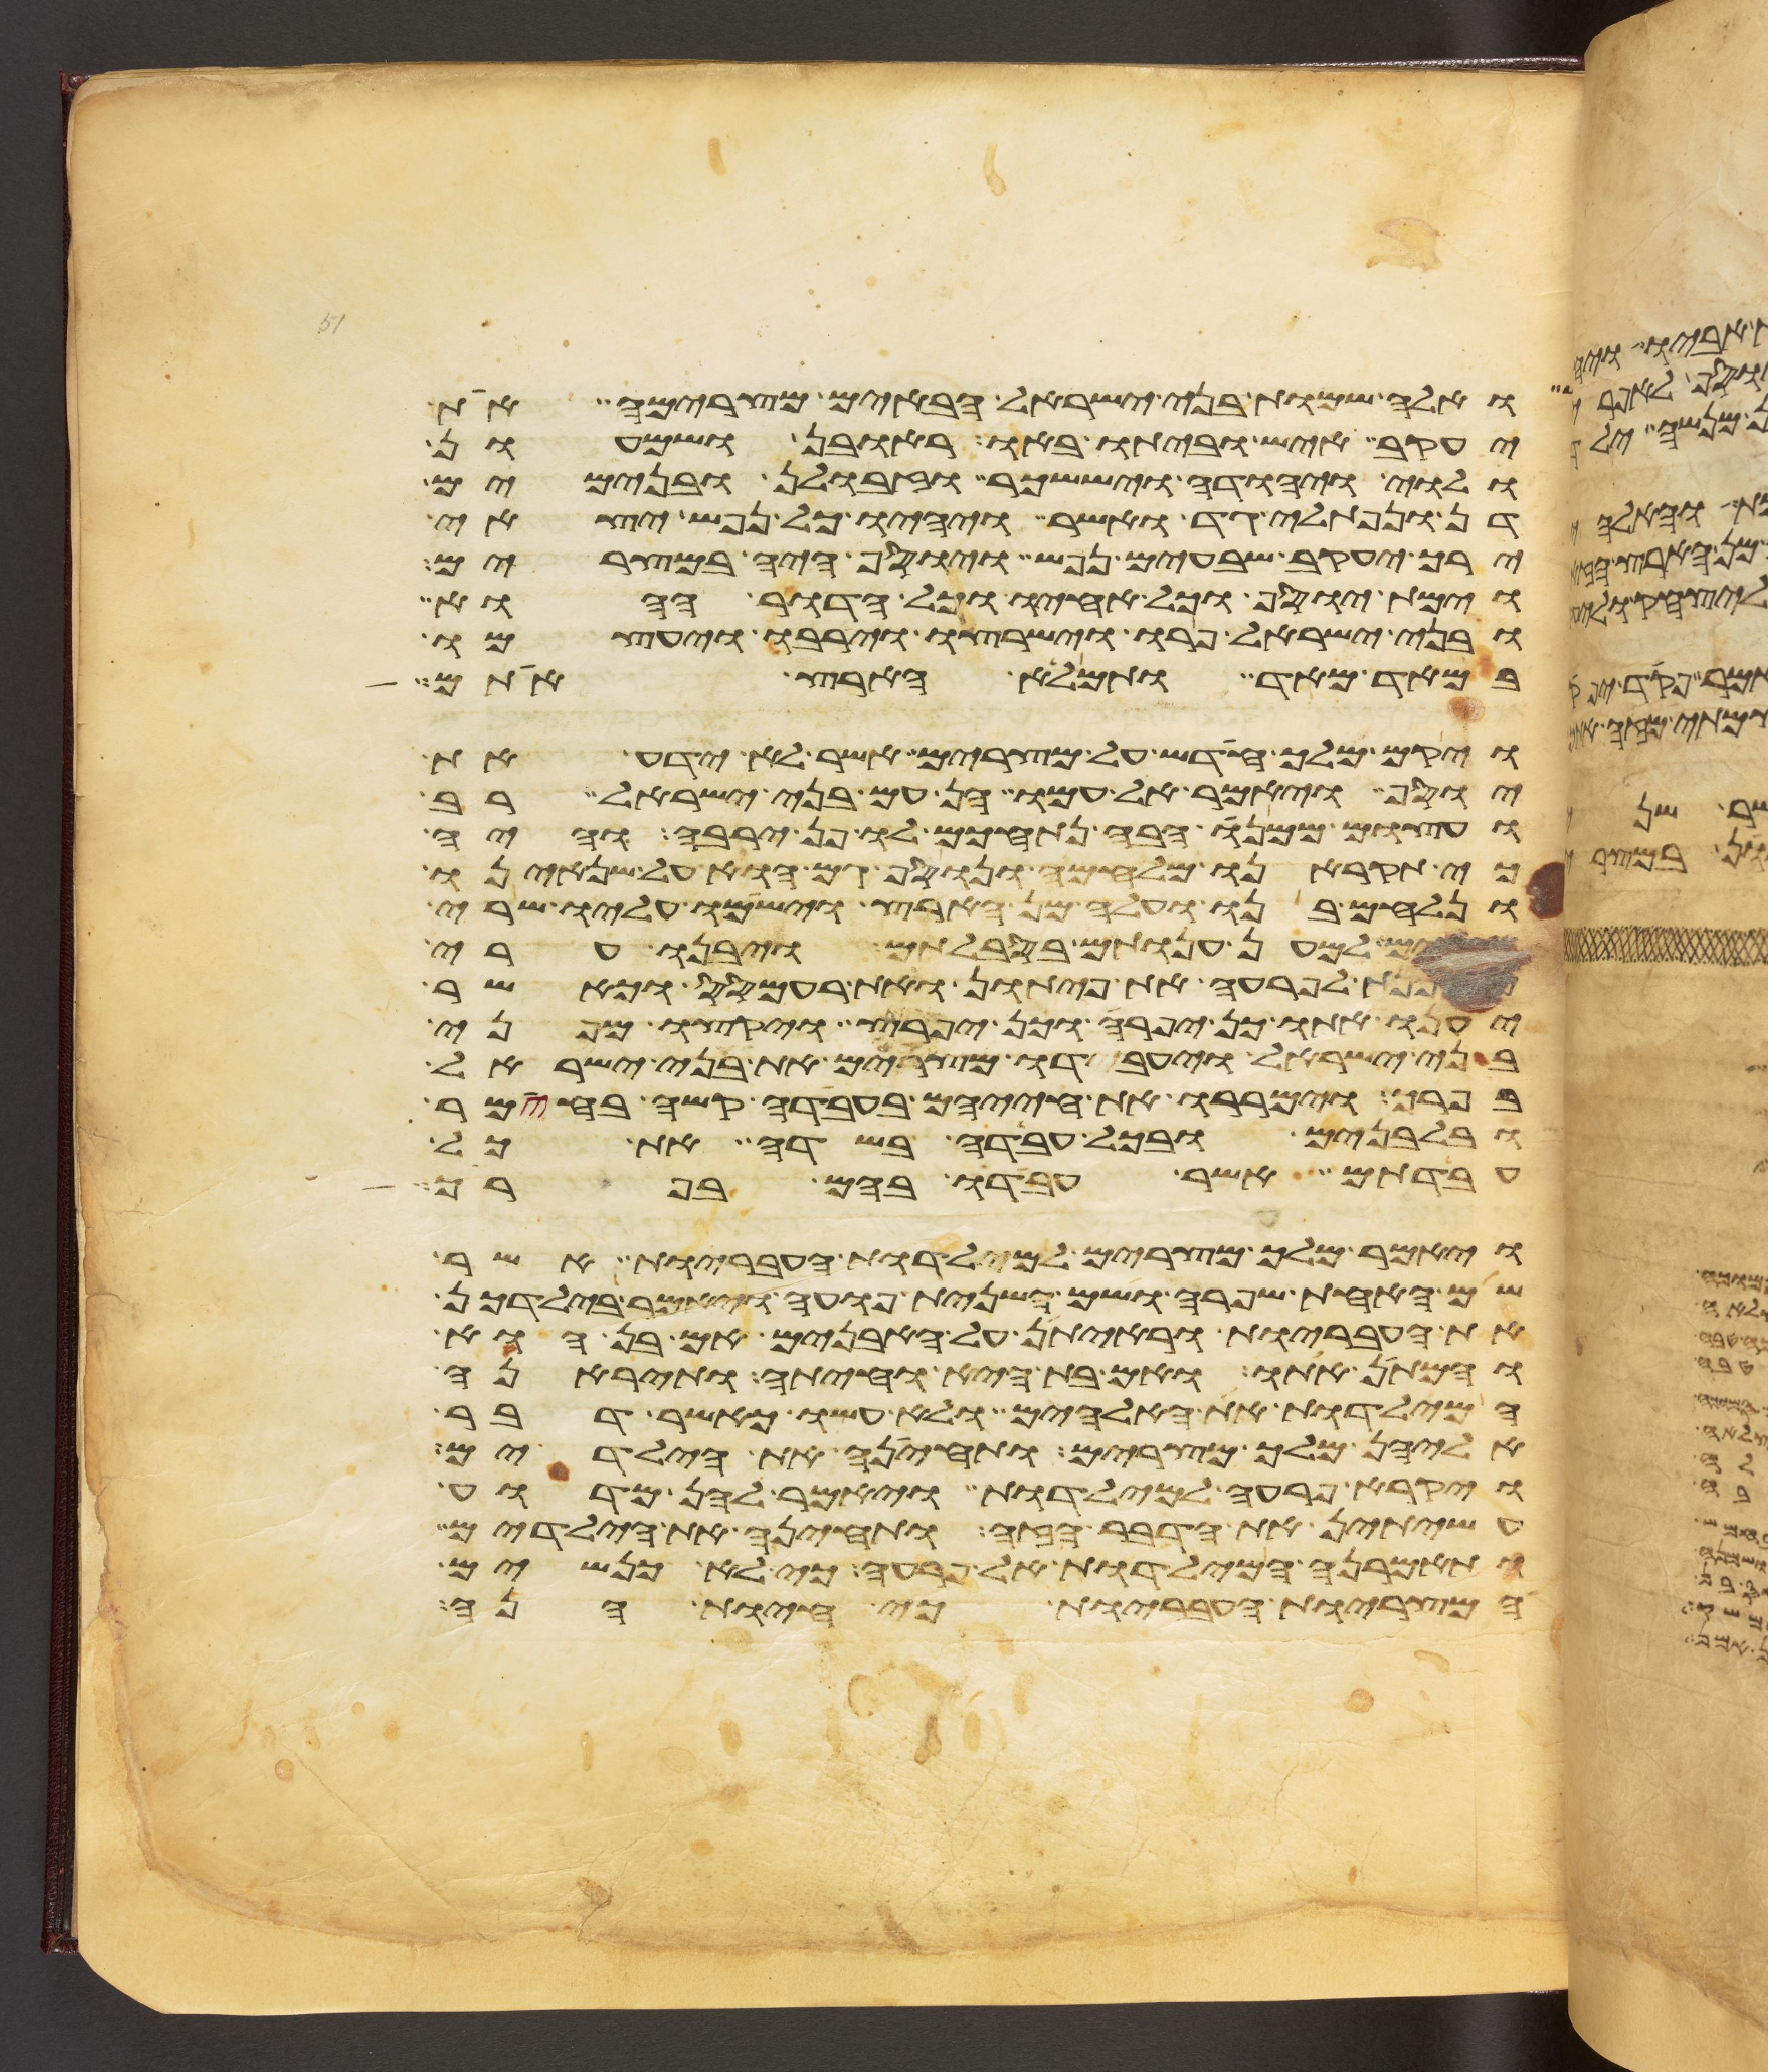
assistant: ואלה שמות בני ישראל הבאים מצרימה את
יעקב איש וביתו באו ראובן ושמעון
ולוי ויהודה ויששכר וזבולן ובנימים
דן ונפתלי גד ואשר ויהיו כל נפש יצאי
ירך יעקב שבעים נפש ויוסף היה במצרים
וימת יוסף וכל אחיו וכל הדור ההוא
ובני ישראל פרו וישרצו וירבו ויעצמו
במאד מאד ותמלא הארץ אתם
ויקם מלך חדש על מצרים אשר לא ידע את
יוסף ויאמר אל עמו הן עם בני ישראל רב
ועצום ממנו הבה נתחכם לו פן ירבה והיה
כי תקראנו מלחמה ונוסף גם הוא על שנאינו
ונלחם בנו ועלה מן הארץ וישמו עליו שרי
מסים למען ענותם בסבלותם ויבנו ערי
מסכנת לפרעה את פיתון ואת רעמסס וכאשר
יענו אתו כן יפרה וכן יפרץ ויקצו מפני
בני ישראל ויעבדו מצרים את בני ישראל
בפרך וימררו את חייהם בעבדה קשה בחימר
ובלבנים ובכל עבדה בשדה את כל
עבדתם אשר עבדו בהם בפרך
ויאמר מלך מצרים למילדות העבריות אשר
שם האחת שפרה ושם השנית פועה ויאמר בילדכן
את העבריות וראיתן על האבנים אם בן הוא
והמתן אתו ואם בת היא וחיתה ותיראנה
המילדות את האלהים ולא עשו כאשר דבר
אליהן מלך מצרים ותחינה את הילדים
ויקרא פרעה למילדות ויאמר להן מדוע
עשיתן את הדבר הזה ותחינה את הילדים
ותאמרנה המילדות אל פרעה כי לא כנשים
המצריות העבריות כי חיות הנה